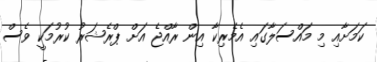
ކަމަށާއި މި މައްސަލާގައި އެމެރިކާ އިން ރާއްޖެ އަށް ޕްރެޝަރު ކުރުމަކީ ވެސް